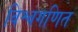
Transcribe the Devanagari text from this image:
विश्वगणित